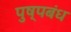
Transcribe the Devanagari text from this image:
पुष्पबंध